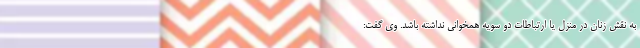
به نقش زنان در منزل یا ارتباطات دو سویه همخوانی نداشته باشد. وی گفت: